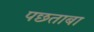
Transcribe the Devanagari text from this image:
पछताबा